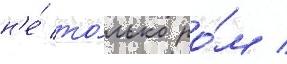
н'е́ то́лько ро́м /